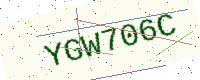
Text: YGW706C